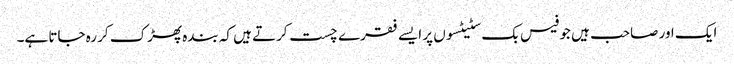
ایک اور صاحب ہیں جو فیس بک سٹیٹسوں پر ایسے فقرے چست کرتے ہیں کہ بندہ پھڑک کر رہ جاتا ہے۔